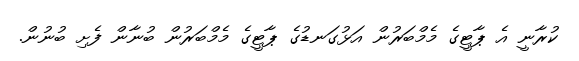
ކުރާނީ އެ ޕާޓީގެ މެމްބަރުން އަޅުގަނޑުގެ ޕާޓީގެ މެމްބަރުން ބުނާން ފެށި ބުނުން.